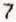
7